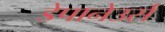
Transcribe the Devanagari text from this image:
डेपानेउर्स